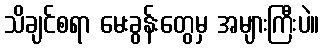
သိချင်စရာ မေးခွန်းတွေမှ အများကြီးပဲ။